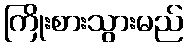
ကြိုးစားသွားမည်